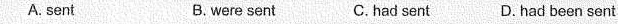
A. sent B.were sent C.had sent D. had been sent